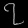
Digit: ၇